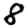
Digit: 8